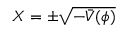
X = \pm \sqrt { - \bar { V } ( \phi ) }